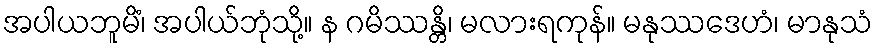
အပါယဘူမိံ၊ အပါယ်ဘုံသို့။ န ဂမိဿန္တိ၊ မလားရကုန်။ မနုဿဒေဟံ၊ မာနုသံ